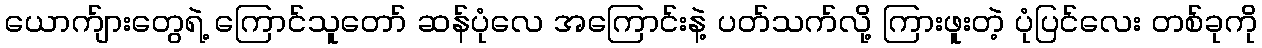
ယောက်ျားတွေရဲ့ ကြောင်သူတော် ဆန်ပုံလေ အကြောင်းနဲ့ ပတ်သက်လို့ ကြားဖူးတဲ့ ပုံပြင်လေး တစ်ခုကို